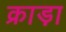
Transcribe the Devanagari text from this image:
क्राड़ा